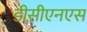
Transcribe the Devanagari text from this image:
डीसीएनएस